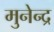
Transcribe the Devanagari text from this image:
मुनेन्द्र